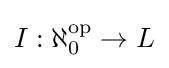
I:\aleph _{0}^{\text{op}}\rightarrow L